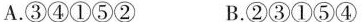
A. ③④①⑤② B. ②③①⑤④